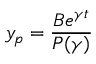
y _ { p } = { \frac { B e ^ { \gamma t } } { P ( \gamma ) } } \qquad